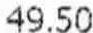
49.50